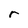
Character: r